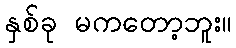
နှစ်ခု မကတော့ဘူး။